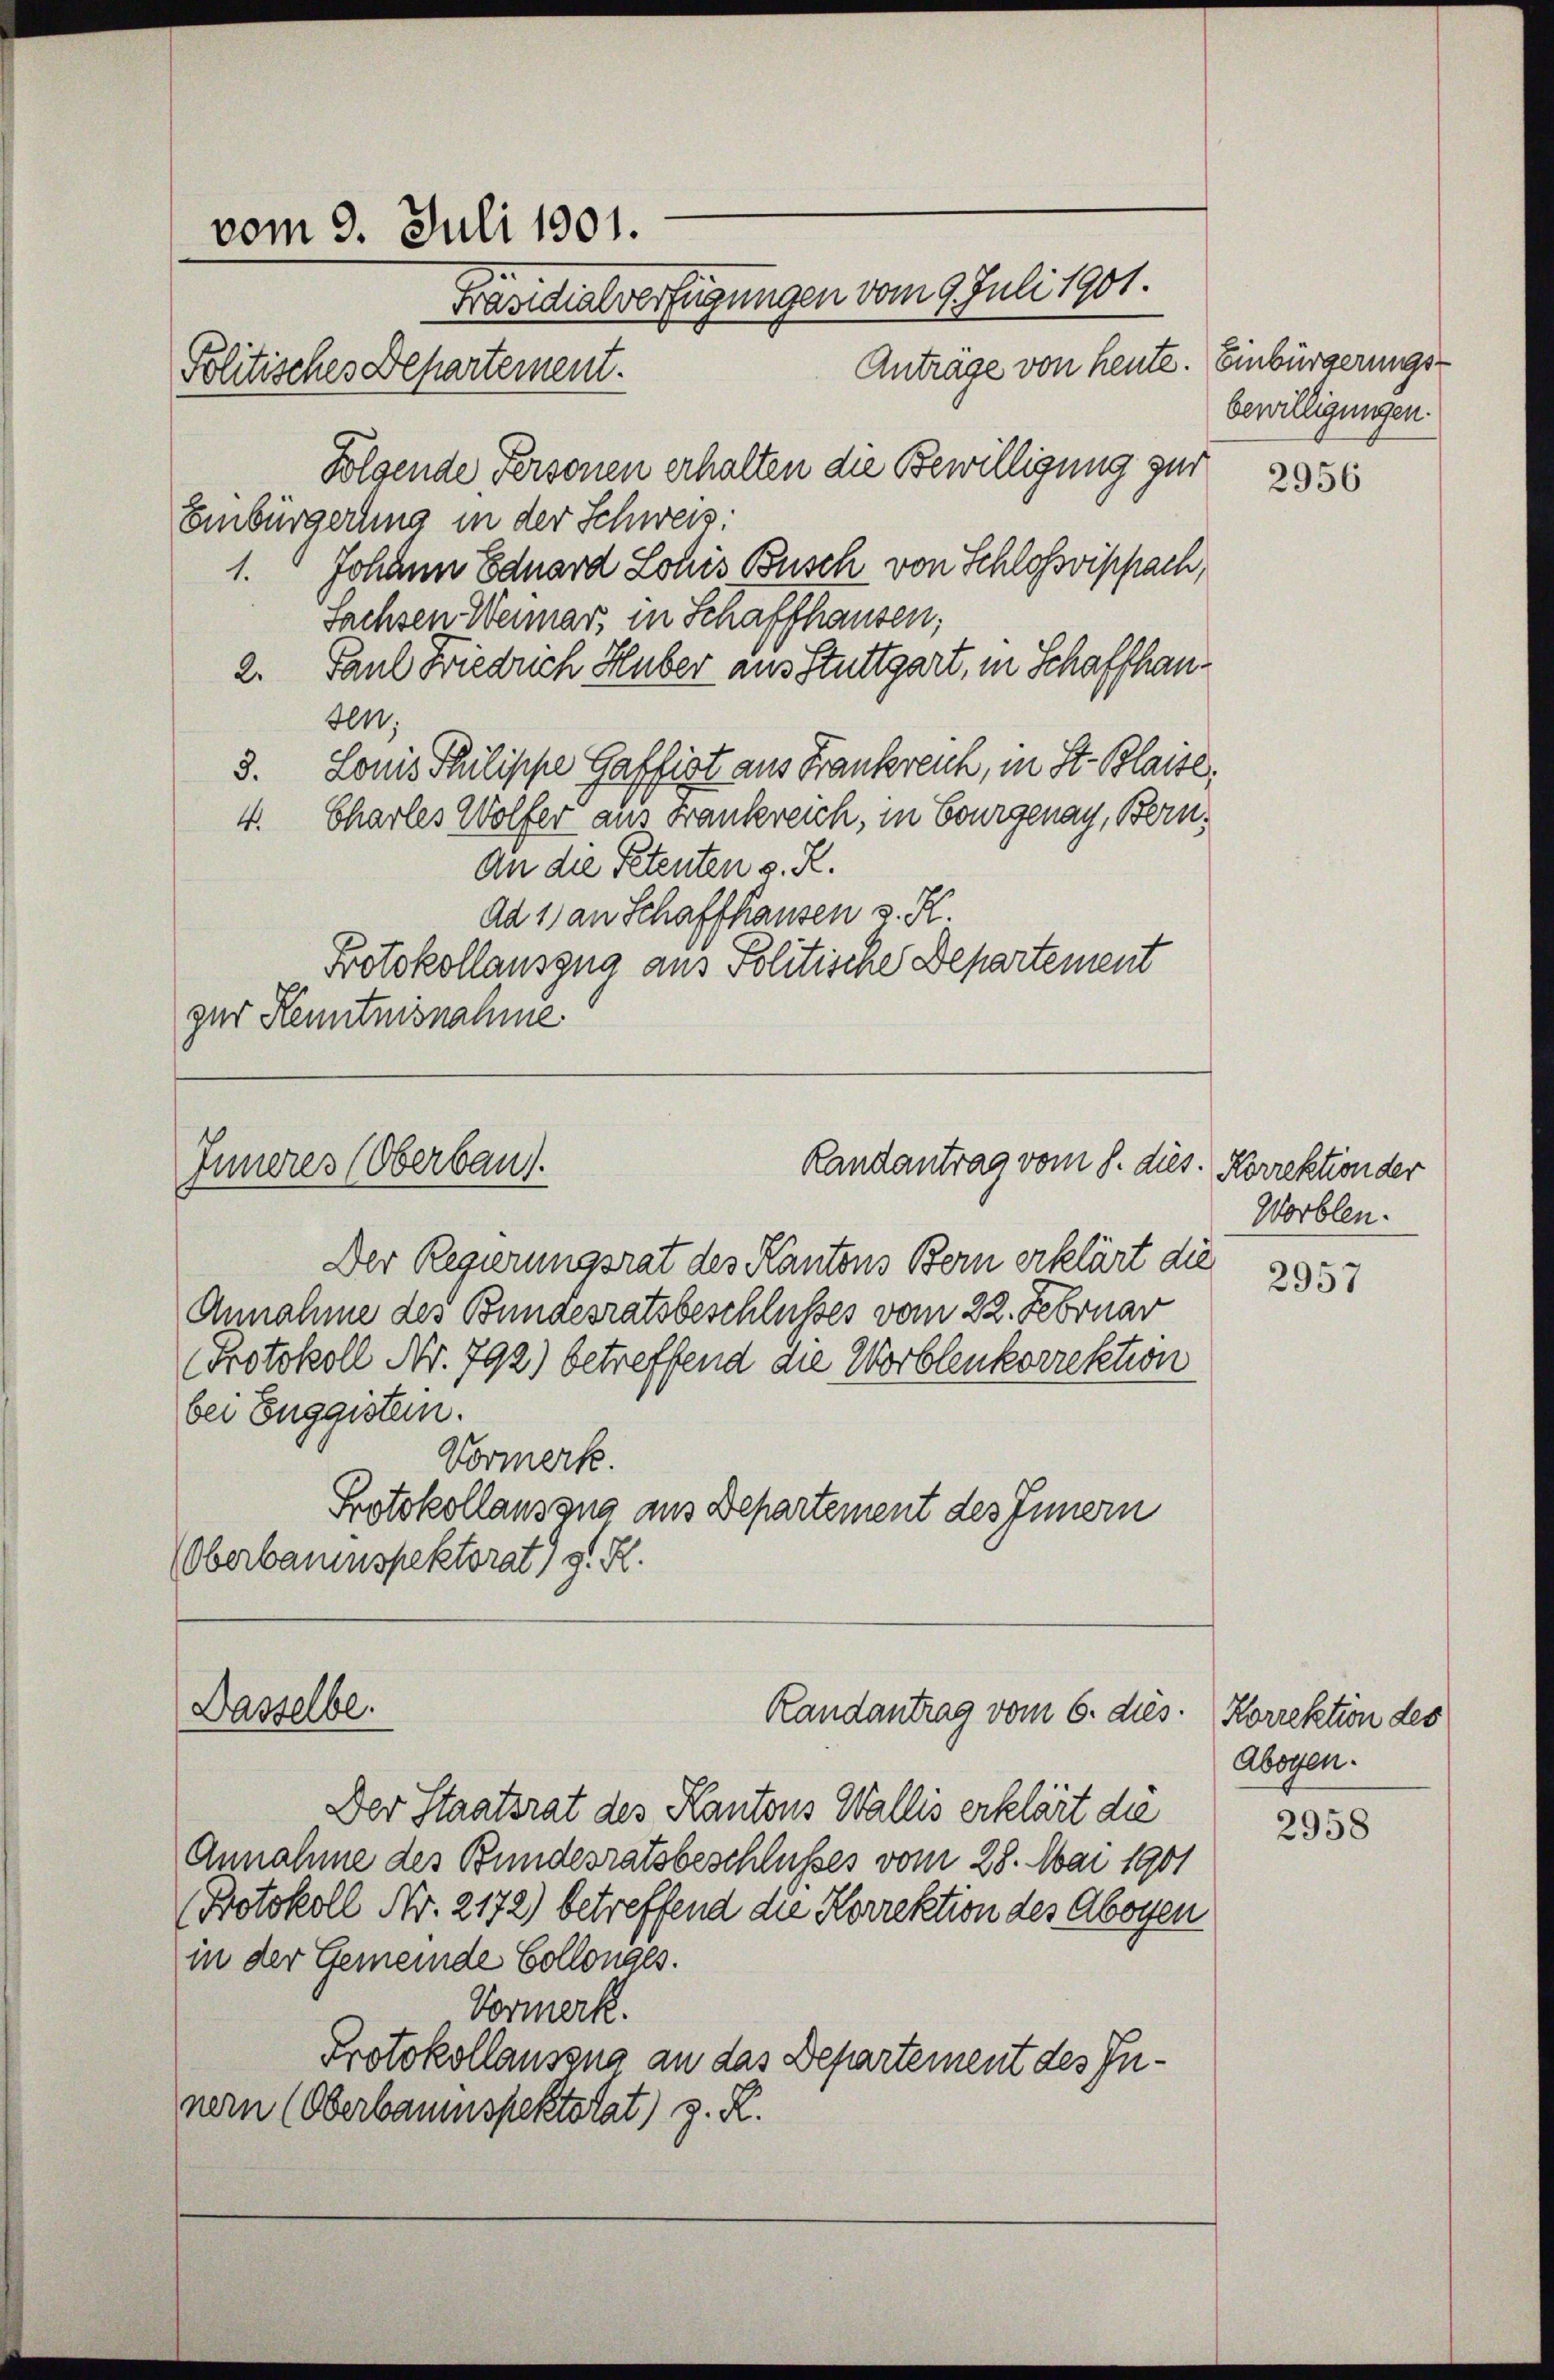
Folgende Personen erhalten die Bewilligung zur
Einbürgerung in der Schweiz:
1.  Johann Eduard Louis Busch von Schlossvippach,
Sachsen Wennar, in Schaffhausen,
2. Paul Diedrich Huber aus Stuttgart, in Schaffhaun.
3. Louis Philippe Gaffiat aus Frankreich, in St. Blaite.
Charles Wolfer aus Frankreich, in Bourgenay, Bern,
4.
An die Petenten s. R.
Ad 1) an Schaffhausen v. R.
Protokollauszug aus Politische Departement
zur Kenntnisnahme.

vom 9. Juli 1901.
Fravier einigungen vom 9. Juli 1901.
Anträge von heute. Einbürgerungs-
Politisches Departement.

Randantrag vom 8. dies. Korrektion der
Inneres (Oberbau).

Der Regierungsrat des Kantons Bern erklärt die
Annahme des Bundesratsbeschlusses vom 22. Februar
Protokoll Nr. 792) betreffend die Worblenkorrektion
bei Enggistern.
Vormerk.
Protokollauszug aus Departement des Innern
(Oberbauenspektorat) g. R.

Dasselbe.

Randantrag vom 6. dies. Korrektion des

Der Staatsrat des Kantons Wallis erklärt die
Annahme des Bundesratsbeschlußes vom 28. Mai 1901
Protokoll Nr. 2172) betreffend die Korrektion des Abogen
in der Gemeinde Collenges.
Vormerk.
Protokollauszug an das Departement des Innern (Oberbaumspektorat) z. R.

bewilligungen.

2956

Worblen.

2957

Abogen.

2958